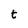
Character: t